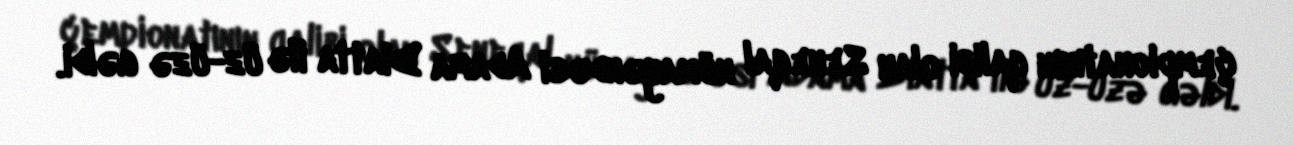
çempionatının qalibi olan Seneqal nümayəndəsi Adama Diatta ilə üz-üzə gəldi.